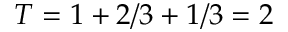
T = 1 + 2 / 3 + 1 / 3 = 2